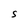
Character: S